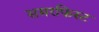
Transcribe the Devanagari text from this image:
समरफिस्ट